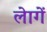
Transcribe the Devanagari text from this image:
लेागें